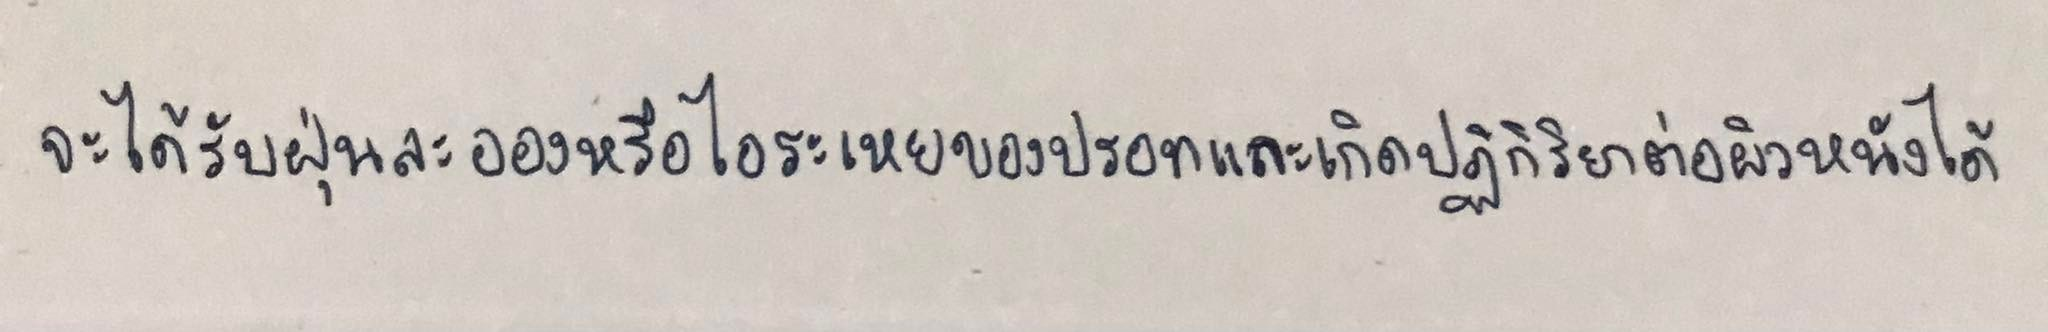
จะได้รับฝุ่นละอองหรือไอระเหยของปรอทและเกิดปฏิกิริยาต่อผิวหนังได้